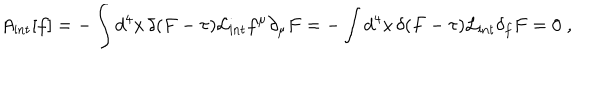
LaTeX: A _ { \mathrm { i n t } } [ f ] = - \int d ^ { 4 } x \, \delta ( F - \tau ) \mathcal { L } _ { \mathrm { i n t } } f ^ { \mu } \partial _ { \mu } F = - \int d ^ { 4 } x \, \delta ( F - \tau ) \mathcal { L } _ { \mathrm { i n t } } \delta _ { f } F = 0 \; ,